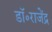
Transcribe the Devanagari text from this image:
डॉ॰राजेंद्र